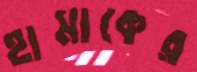
হামাকের